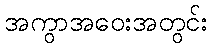
အကွာအဝေးအတွင်း